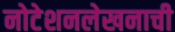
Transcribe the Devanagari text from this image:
नोटेशनलेखनाची